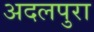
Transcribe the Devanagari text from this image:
अदलपुरा